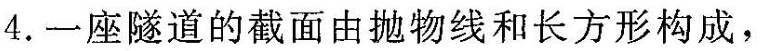
4.一座隧道的截面由抛物线和长方形构成，